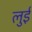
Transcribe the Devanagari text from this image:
लुुई